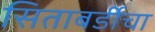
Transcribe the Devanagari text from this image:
सिताबर्डीचा